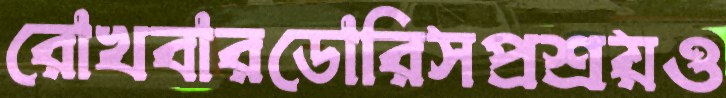
রোখবারডোরিসপ্রশ্রয়ও